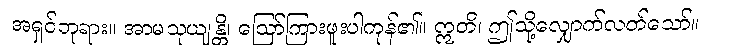
အရှင်ဘုရား။ အာမသုယျန္တိ၊ ဩော်ကြားဖူးပါကုန်၏။ ဣတိ၊ ဤသို့လျှောက်လတ်သော်။